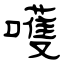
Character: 嚄